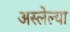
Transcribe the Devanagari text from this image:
अस्लेल्या